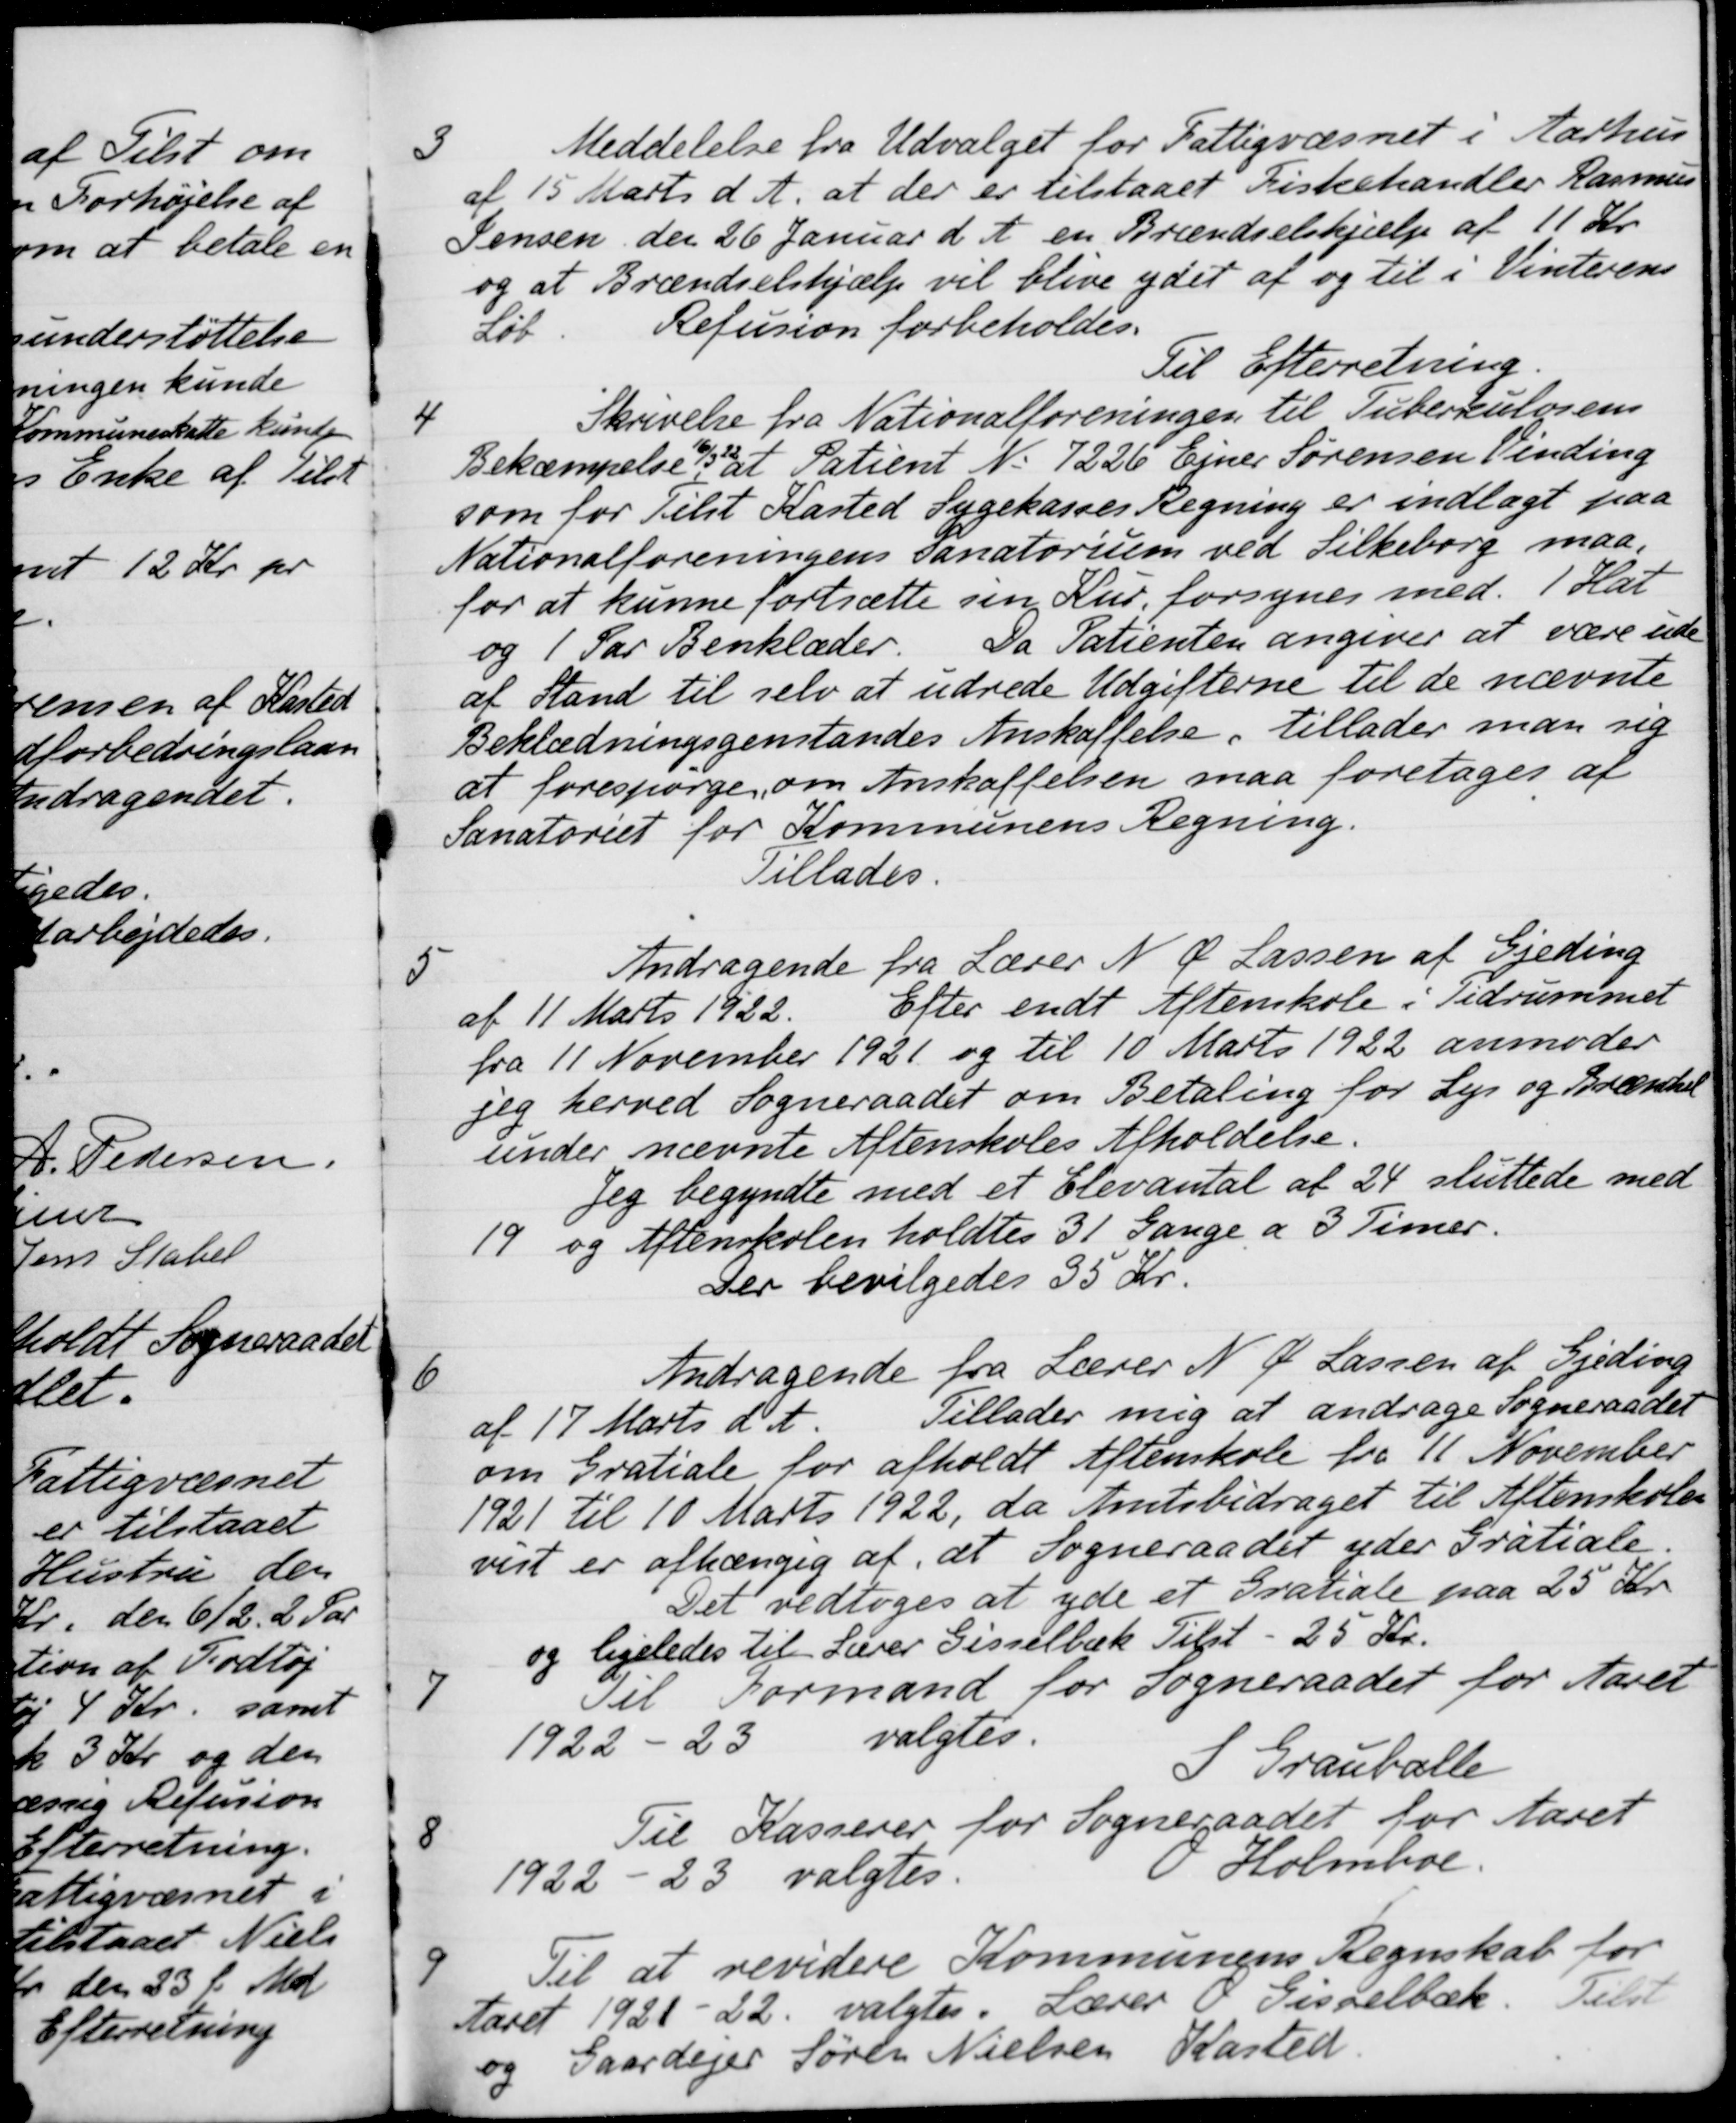
Transskription:
3
Meddelelse fra Udvalget for Fattigvæsnet i Aarhus
af 15 Marts d. A. at der er tilstaaet Fiskehandler Rasmus
Jensen den 26 Januar d. A. en Brændselshjælp af 11 Kr.
og at Brændselshjælp vil blive ydet af og til i Vinterens
Løb
Refusion forbeholdes.
Til Efterretning
4
Skrivelse fra Nationalforeningen til Tuberkulosens
Bekæmpelse 16/3 22 at Patient N. 7226 Ejner Sørensen Vinding
som for Tilst Kasted Sygekasses Regning er indlagt paa
Nationalforeningens Sanatorium ved Silkeborg maa
for at kunne fortsætte sin Kur, forsynes med 1 Hat
og 1 Par Benklæder
Da Patienten angiver at være ude
af Stand til selv at udrede Udgifterne til de nævnte
Beklædningsgenstandes Anskaffelse, tillader man sig
at forespørge om Anskaffelsen maa foretages af
Sanatoriet for Kommunens Regning.
Tillades.
5
Andragende fra Lærer N. Ø. Lassen af Gjeding
af 11 Marts 1922. Efter endt Aftenskole i Tidrummet
fra 11 November 1921 og til 10 Marts 1922 anmoder
jeg herved Sogneraadet om Betaling for Lys og Brændel
under nævnte Aftenskoles Afholdelse.
Jeg begyndte med et Elevantal af 24 sluttede med
19 og Aftenskolen holdtes 31 Gange a 3 Timer.
Der bevilgedes 35 Kr
6
Andragende fra Lærer N. Ø. Lassen af Gjeding
af 17 Marts d. A. Tillader mig at andrage Sogneraadet
om Gratiale for afholdt Aftenskole fra 11 November
1921 til 10 Marts 1922, da Amtsbidraget til Aftenskole
vist er afhængig af, at Sogneraadet yder Gratiale
Det vedtoges at yde et Gratiale paa 25 Kr.
og ligeledes til Lærer Gisselbæk Tilst - 25 Kr.
7
Til Formand for sogneraadet for Aaret
1922-23 valgtes.
S Grauballe
8
Til Kasserer for Sogneraadet for Aaret
1922 - 23 valgtes.
Holmboe.
9
Til at revidere Kommunens Regnskab for
Aaret 1921-22 valgtes
Lærer O. Gisselbæk
Tilst
og Gaardejer Søren Nielsen Kasted